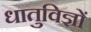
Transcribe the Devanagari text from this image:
धातुविज्ञों